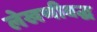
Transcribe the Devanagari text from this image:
लेखणीबद्ध